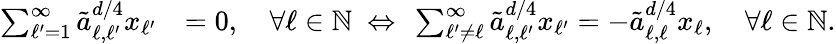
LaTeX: \begin{array}{rl}{\sum_{\ell^{\prime}=1}^{\infty}\tilde{a}_{\ell,\ell^{\prime}}^{d/4}x_{\ell^{\prime}}}&{=0,\quad\forall\ell\in{\mathbb N}\ \Leftrightarrow\ \sum_{\ell^{\prime}\neq\ell}^{\infty}\tilde{a}_{\ell,\ell^{\prime}}^{d/4}x_{\ell^{\prime}}=-\tilde{a}_{\ell,\ell}^{d/4}x_{\ell},\quad\forall\ell\in{\mathbb N}.}\end{array}